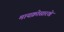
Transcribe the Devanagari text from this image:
मायक्रोसारखे